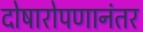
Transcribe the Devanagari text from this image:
दोषारोपणानंतर